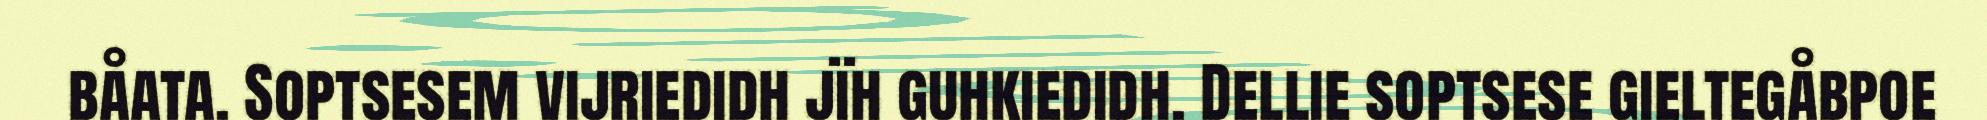
båata. Soptsesem vijriedidh jïh guhkiedidh. Dellie soptsese gieltegåbpoe